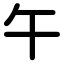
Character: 午